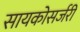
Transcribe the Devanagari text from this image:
सायकोसर्जरी